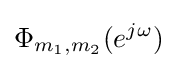
\Phi _{m_{1},m_{2}}(e^{j\omega })